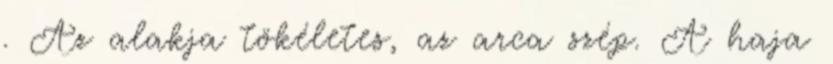
. Az alakja tökéletes, az arca szép. A haja